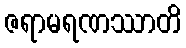
ဇရာမရဏဿာတိ